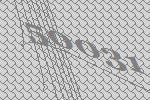
50031